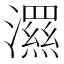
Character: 𭳗